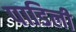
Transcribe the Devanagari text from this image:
पाडिली